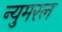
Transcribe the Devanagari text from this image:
न्युमरल